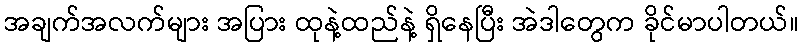
အချက်အလက်များ အပြား ထုနဲ့ထည်နဲ့ ရှိနေပြီး အဲဒါတွေက ခိုင်မာပါတယ်။